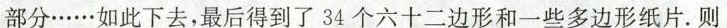
部分……如此下去，最后得到了34个六十二边形和一些多边形纸片。则